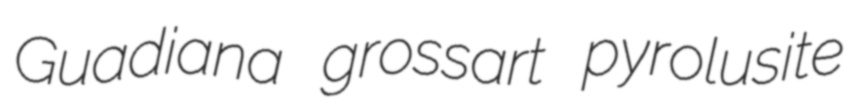
Guadiana grossart pyrolusite